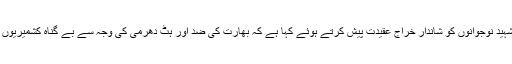
جموں کشمیر ڈیمو کریٹک فریڈم پارٹی نے بھی شہید نوجوانوں کو شاندار خراج عقیدت پیش کرتے ہوئے کہا ہے کہ بھارت کی ضد اور ہٹ دھرمی کی وجہ سے بے گناہ کشمیریوں کی جانوں کے زیاں کا سلسلہ مسلسل جاری ہے ۔